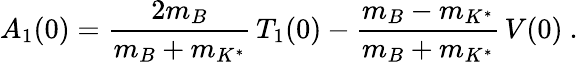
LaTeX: A_{1}(0)=\frac{2m_{B}}{m_{B}+m_{K^{*}}}\, T_{1}(0)-\frac{m_{B}-m_{K^{*}}}{m_{B}+m_{K^{*}}}\, V(0)~.